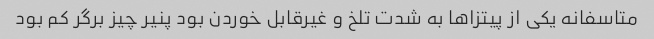
متاسفانه یکی از پیتزاها به شدت تلخ و غیرقابل خوردن بود پنیر چیز برگر کم بود